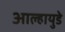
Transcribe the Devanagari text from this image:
आल्हायुडे